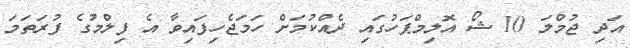
އަދި ޖުމްލަ 10 ޝޯ އޮލިމްޕަހުގައި ދެއްކުމަށް ހަމަޖެހިފައިވާ އެ ފިލްމުގެ ފުރަތަމަ